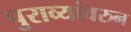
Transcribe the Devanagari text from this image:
पुराव्यांवरुन